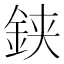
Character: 𨦇